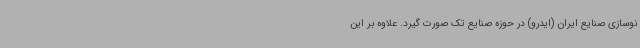
نوسازی صنایع ایران (ایدرو) در حوزه صنایع ‌تک صورت گیرد. علاوه بر این